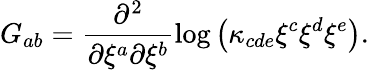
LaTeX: G_{ab}=\frac{\partial^{2}}{\partial\xi^{a}\partial\xi^{b}}\log\left(\kappa_{cde}\xi^{c}\xi^{d}\xi^{e}\right).